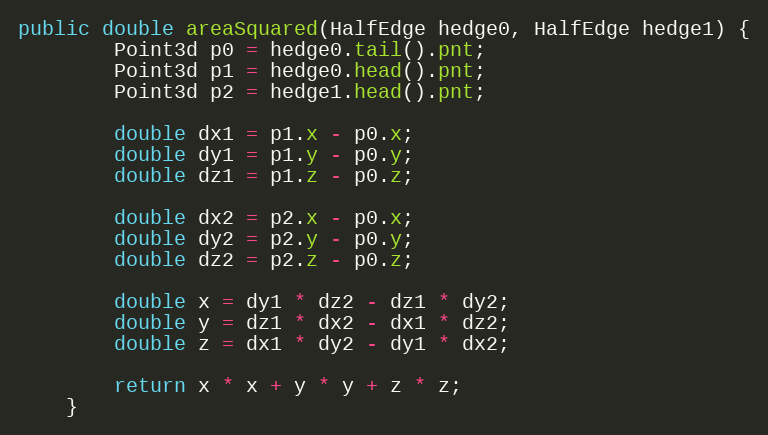
Language: Java
public double areaSquared(HalfEdge hedge0, HalfEdge hedge1) {
        Point3d p0 = hedge0.tail().pnt;
        Point3d p1 = hedge0.head().pnt;
        Point3d p2 = hedge1.head().pnt;

        double dx1 = p1.x - p0.x;
        double dy1 = p1.y - p0.y;
        double dz1 = p1.z - p0.z;

        double dx2 = p2.x - p0.x;
        double dy2 = p2.y - p0.y;
        double dz2 = p2.z - p0.z;

        double x = dy1 * dz2 - dz1 * dy2;
        double y = dz1 * dx2 - dx1 * dz2;
        double z = dx1 * dy2 - dy1 * dx2;

        return x * x + y * y + z * z;
    }